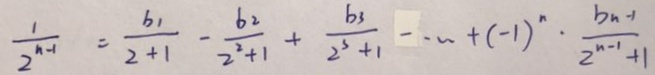
\frac { 1 } { 2 ^ { n - 1 } } = \frac { b 1 } { 2 + 1 } - \frac { b 2 } { 2 ^ { 2 } + 1 } + \frac { b 3 } { 2 ^ { 3 } + 1 } - \cdots + ( - 1 ) ^ { n } + \frac { b ^ { n } } { 2 ^ { n - 1 } + 1 }